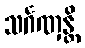
သင်္ဂဏှန္တိ